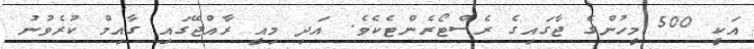
އަކީ 500 މީހުންގެ ޖާގައިގެ ރެސްޓޯރެންޓެކެވެ. އަދި މިއީ ރާއްޖޭގައި ގާއިމް ކުރެވުނު